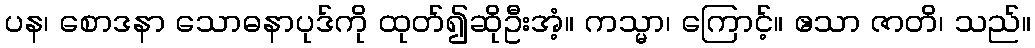
ပန၊ စောဒနာ သောဓနာပုဒ်ကို ထုတ်၍ဆိုဦးအံ့။ ကသ္မာ၊ ကြောင့်။ ဧသာ ဇာတိ၊ သည်။